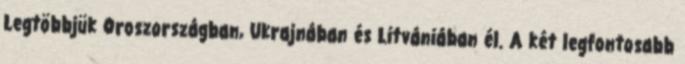
Legtöbbjük Oroszországban, Ukrajnában és Litvániában él. A két legfontosabb